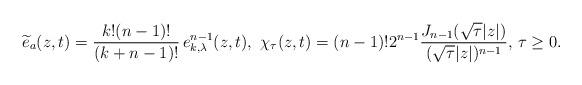
LaTeX: \begin{align*} \widetilde{e}_a(z,t) = \frac{k! (n-1)!}{(k+n-1)!}\, e_{k,\lambda}^{n-1}(z,t),\,\, \chi_\tau(z,t) = (n-1)! 2^{n-1} \frac{J_{n-1}(\sqrt{\tau}|z|)}{(\sqrt{\tau}|z|)^{n-1}}, \, \tau \geq 0.\end{align*}